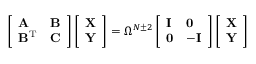
\left[ \begin{array} { l l } { \mathbf { A } } & { \mathbf { B } } \\ { \mathbf { B } ^ { \mathrm { T } } } & { \mathbf { C } } \end{array} \right] \left[ \begin{array} { l } { \mathbf { X } } \\ { \mathbf { Y } } \end{array} \right] = \Omega ^ { N \pm 2 } \left[ \begin{array} { l l } { \mathbf { I } } & { \mathbf { 0 } } \\ { \mathbf { 0 } } & { \mathbf { - I } } \end{array} \right] \left[ \begin{array} { l } { \mathbf { X } } \\ { \mathbf { Y } } \end{array} \right]